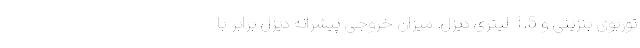
توربوی بنزینی و 1.5 لیتری دیزل. میزان خروجی پیشرانه دیزل برابر با